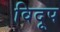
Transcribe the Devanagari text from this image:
विदूप